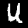
Digit: 4